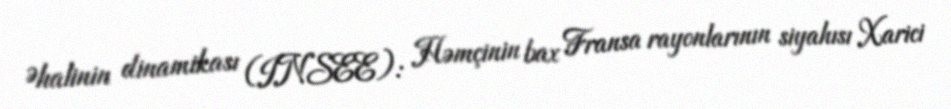
Əhalinin dinamikası (INSEE): Həmçinin bax Fransa rayonlarının siyahısı Xarici